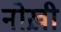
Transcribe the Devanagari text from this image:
नोख़ी